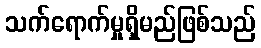
သက်ရောက်မှုရှိမည်ဖြစ်သည်